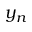
y _ { n }